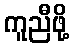
ကူညီဖို့